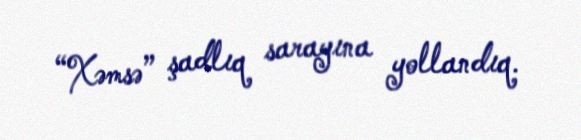
“Xəmsə” şadlıq sarayına yollandıq.